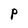
Character: P